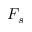
F _ { s }